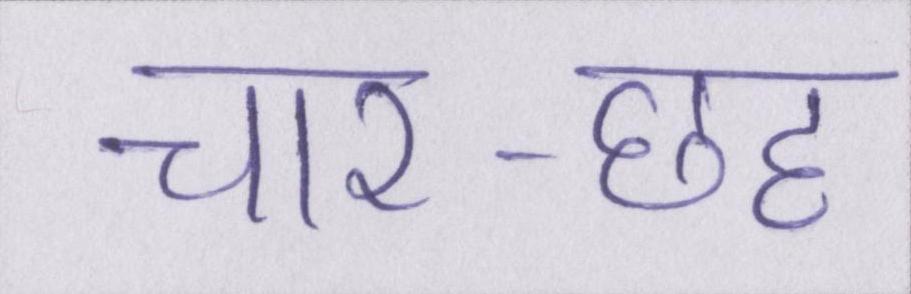
चार-छह